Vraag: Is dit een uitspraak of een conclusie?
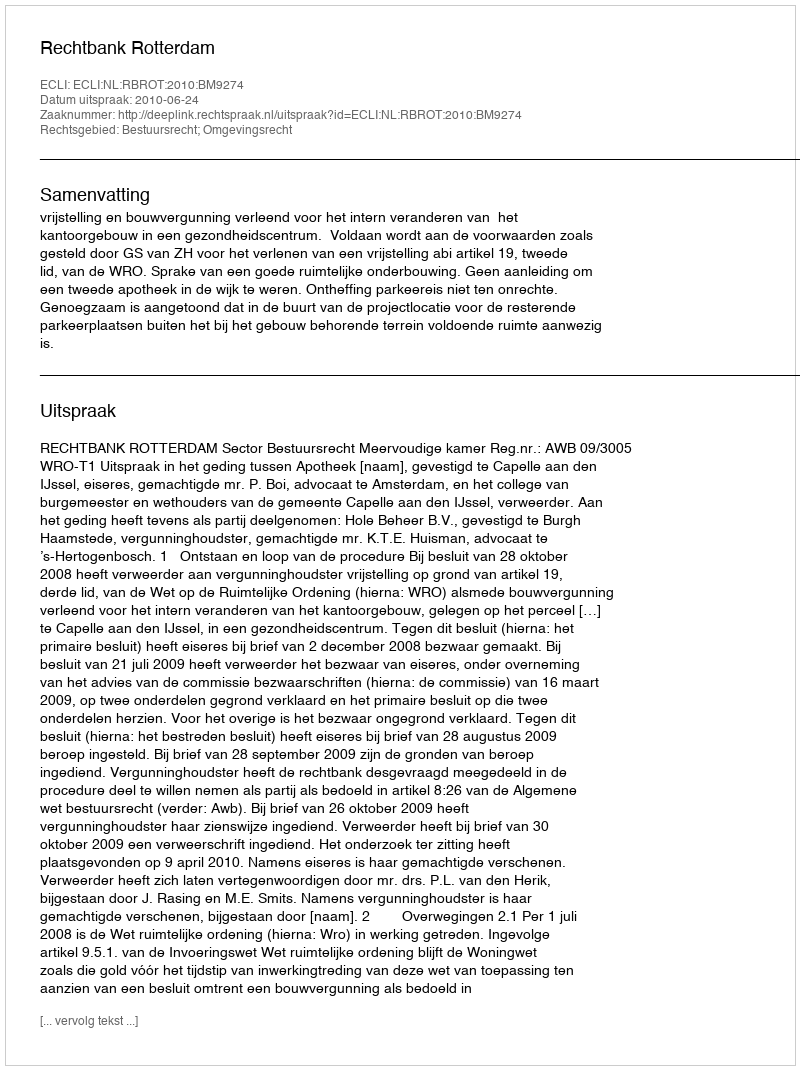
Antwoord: Uitspraak